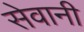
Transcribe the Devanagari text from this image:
सेवानी